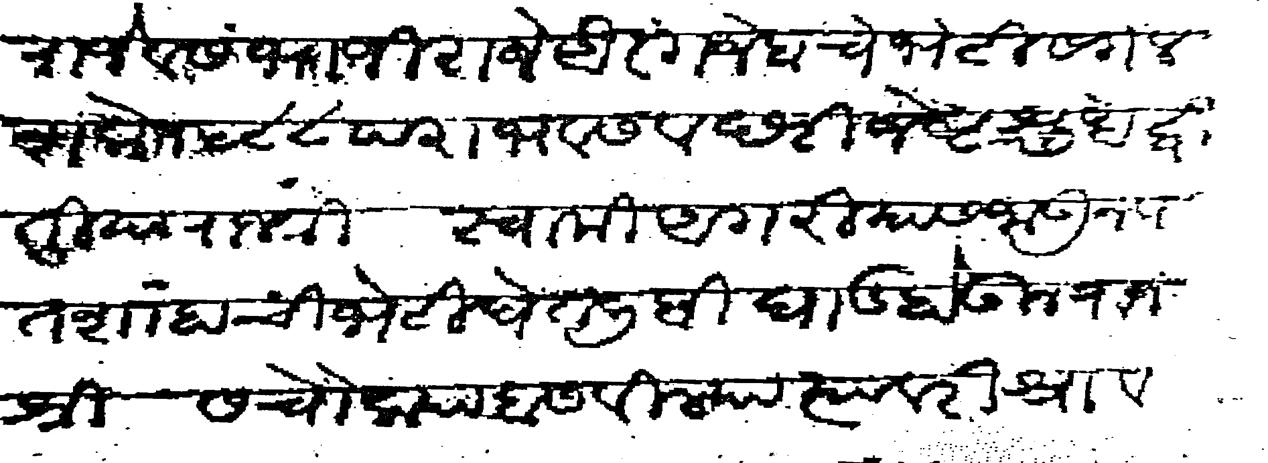
Transliteration (Devanagari): राजे व संभाजी राजे औरंगजेबाचे भेटीस गेले शके १५८८ पराभव संवछरी जेष्ट शुध द्वितीया राजश्री स्वामी अगरीयास जाऊन पातशाहांची भेटी घेतली बिघाड होऊन राजश्री स चौक्या बसविल्या त्यावरी श्रावण